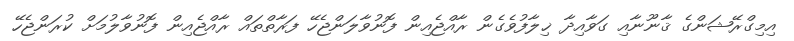
އިމިގްރޭޝަންގެ ޤާނޫނާއި ގަވާއިދާ ޚިލާފުވެގެން ރާއްޖެއިން ފޮނުވާލަންޖެހޭ ފަރާތްތައް ރާއްޖެއިން ފޮނުވާލުމަށް ކުރަންޖެހޭ